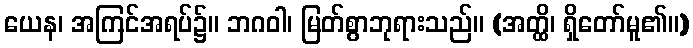
ယေန၊ အကြင်အရပ်၌။ ဘဂဝါ၊ မြတ်စွာဘုရားသည်။ (အတ္ထိ၊ ရှိတော်မူ၏။)